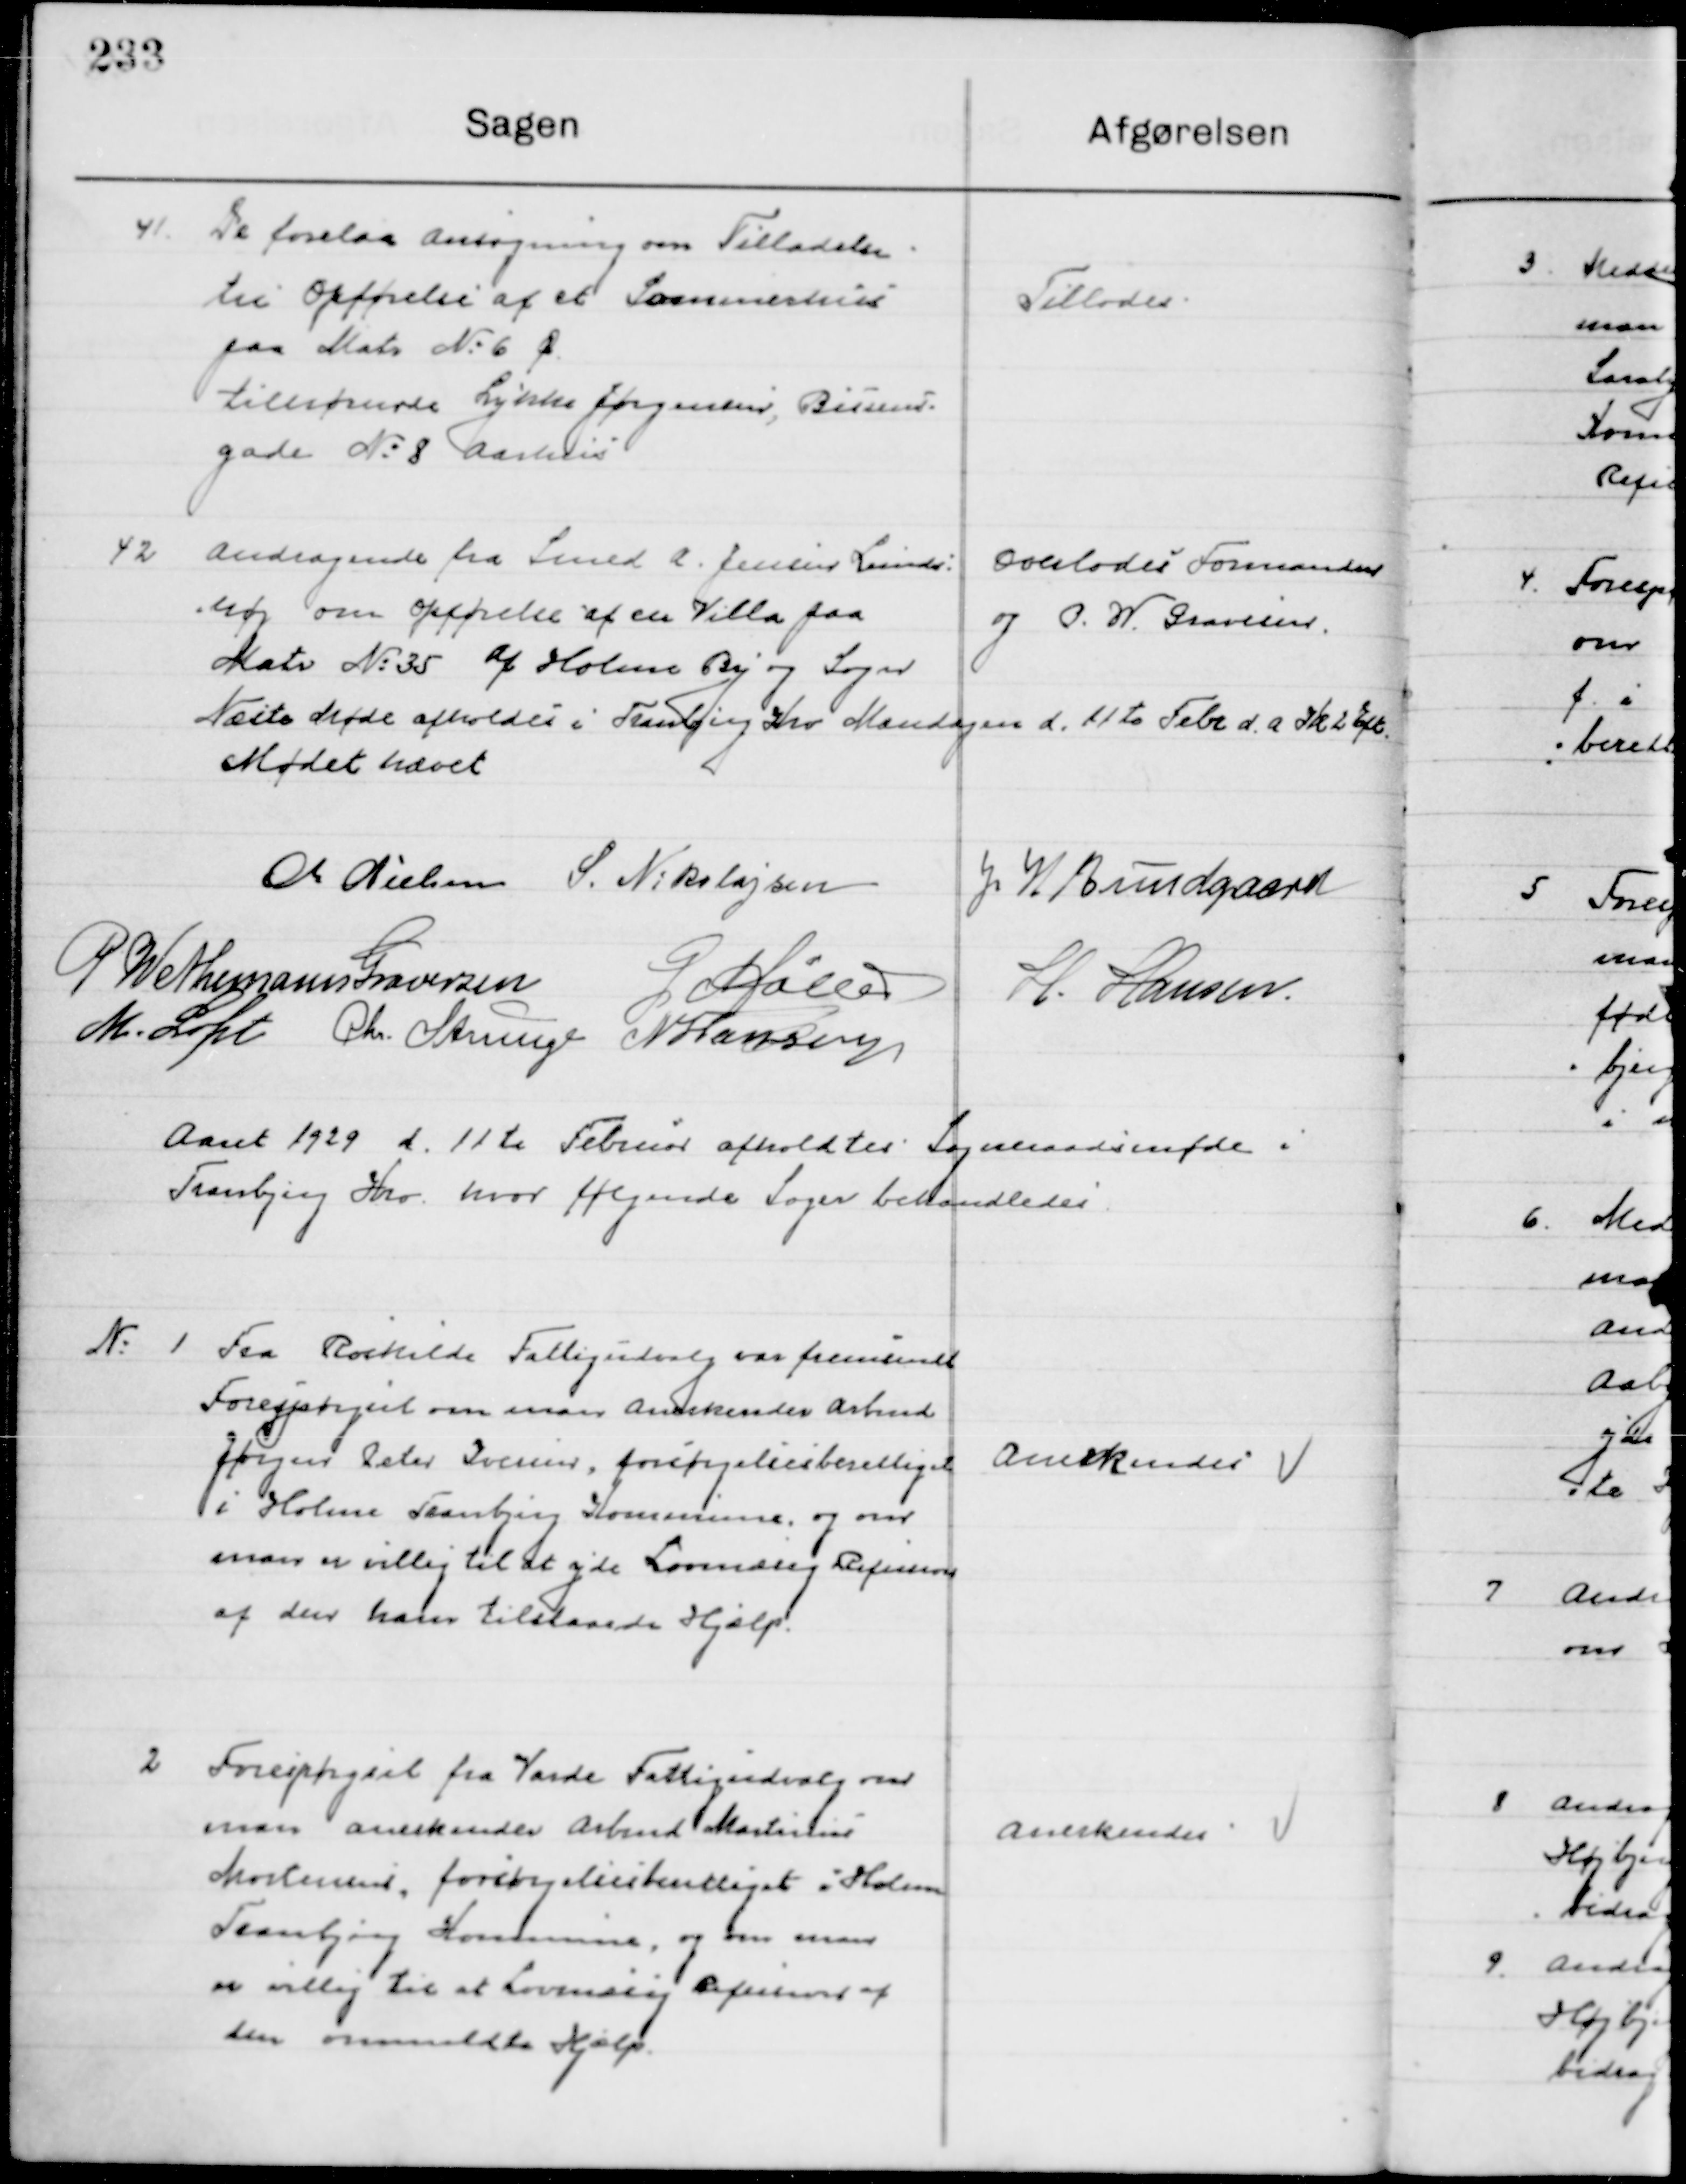
Transskription:
41

Der forelaa Ansøgning om Tilladelse
til opførelse af et Sommerhus
paa Matr. Nr. 6 Ø.
Tilhærende Lykke Jørgensen, Bruuns-
Gade Nr. 8 Aarhus

Tillodes

42

Andragende fra Smed A. Jensen Lunds-
Høj om opførelse af en Villa paa
Matr. Nr. 35 af holme By og Sogn

Overlodes Formanden
og P. W. Graversen

Næste Møde afholdes i Tranbjerg Kro Mandag d. 11de Febr. d. A. Kl. 2 Eft.
Mødet hævet.

M. Nielsen
S. N. Nikolajsen
J. W. Bundgaard
P. Wethemann Graversen
G. Møller
H. Hansen
M. Loft
Chr. Strunge
N. Hansen

Aaret 1929 d. 11de Februar afholdtes Sogneraadsmøde i  
Tranbjerg Kro, hvor følgende Sager behandledes.

1

Fra Roskilde Fattigudvalg om fremsendt
Forespørgsel om man anerkender Arbmd.
Jørgen Peter Iversen forsørgelsesberettiget
I Holme Tranbjerg Kommune og om
man er villig til at yde Lovmæssig Refusion
af den ham tilstaaede Hjælp.

Anerkendes

2

Forespørgsel fra Varde Fattigudvalg om
man anerkender Arbmd. Martinus
Mortensen, forsørgelsesberettiget I Holme 
Tranbjerg Kommune og om man 
er villig til at yde Lovmæssig Refusion af 
den ommeldte Hjælp.

Anerkendes